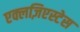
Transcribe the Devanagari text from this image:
एक्लज़िएस्टेस